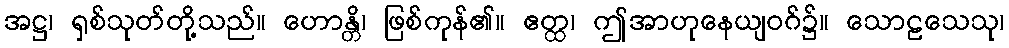
အဋ္ဌ၊ ရှစ်သုတ်တို့သည်။ ဟောန္တိ၊ ဖြစ်ကုန်၏။ ဧတ္ထ၊ ဤအာဟုနေယျဝဂ်၌။ သောဠသေသု၊